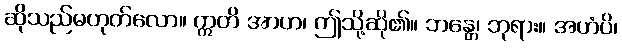
ဆိုသည်မဟုတ်လော။ ဣတိ အာဟ၊ ဤသို့ဆို၏။ ဘန္တေ၊ ဘုရား။ အဟံပိ၊